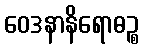
ဝေဒနာနိရောဓဉ္စ